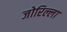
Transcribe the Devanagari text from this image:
जोरिल्ला